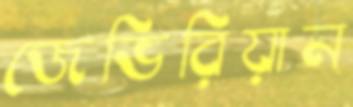
জেভিরিয়ান